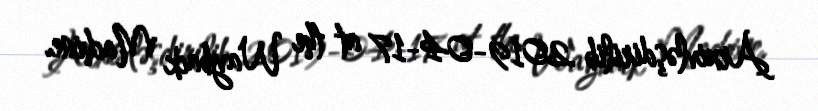
Arxivləşdirilib 2019-04-17 at the Wayback Machine.